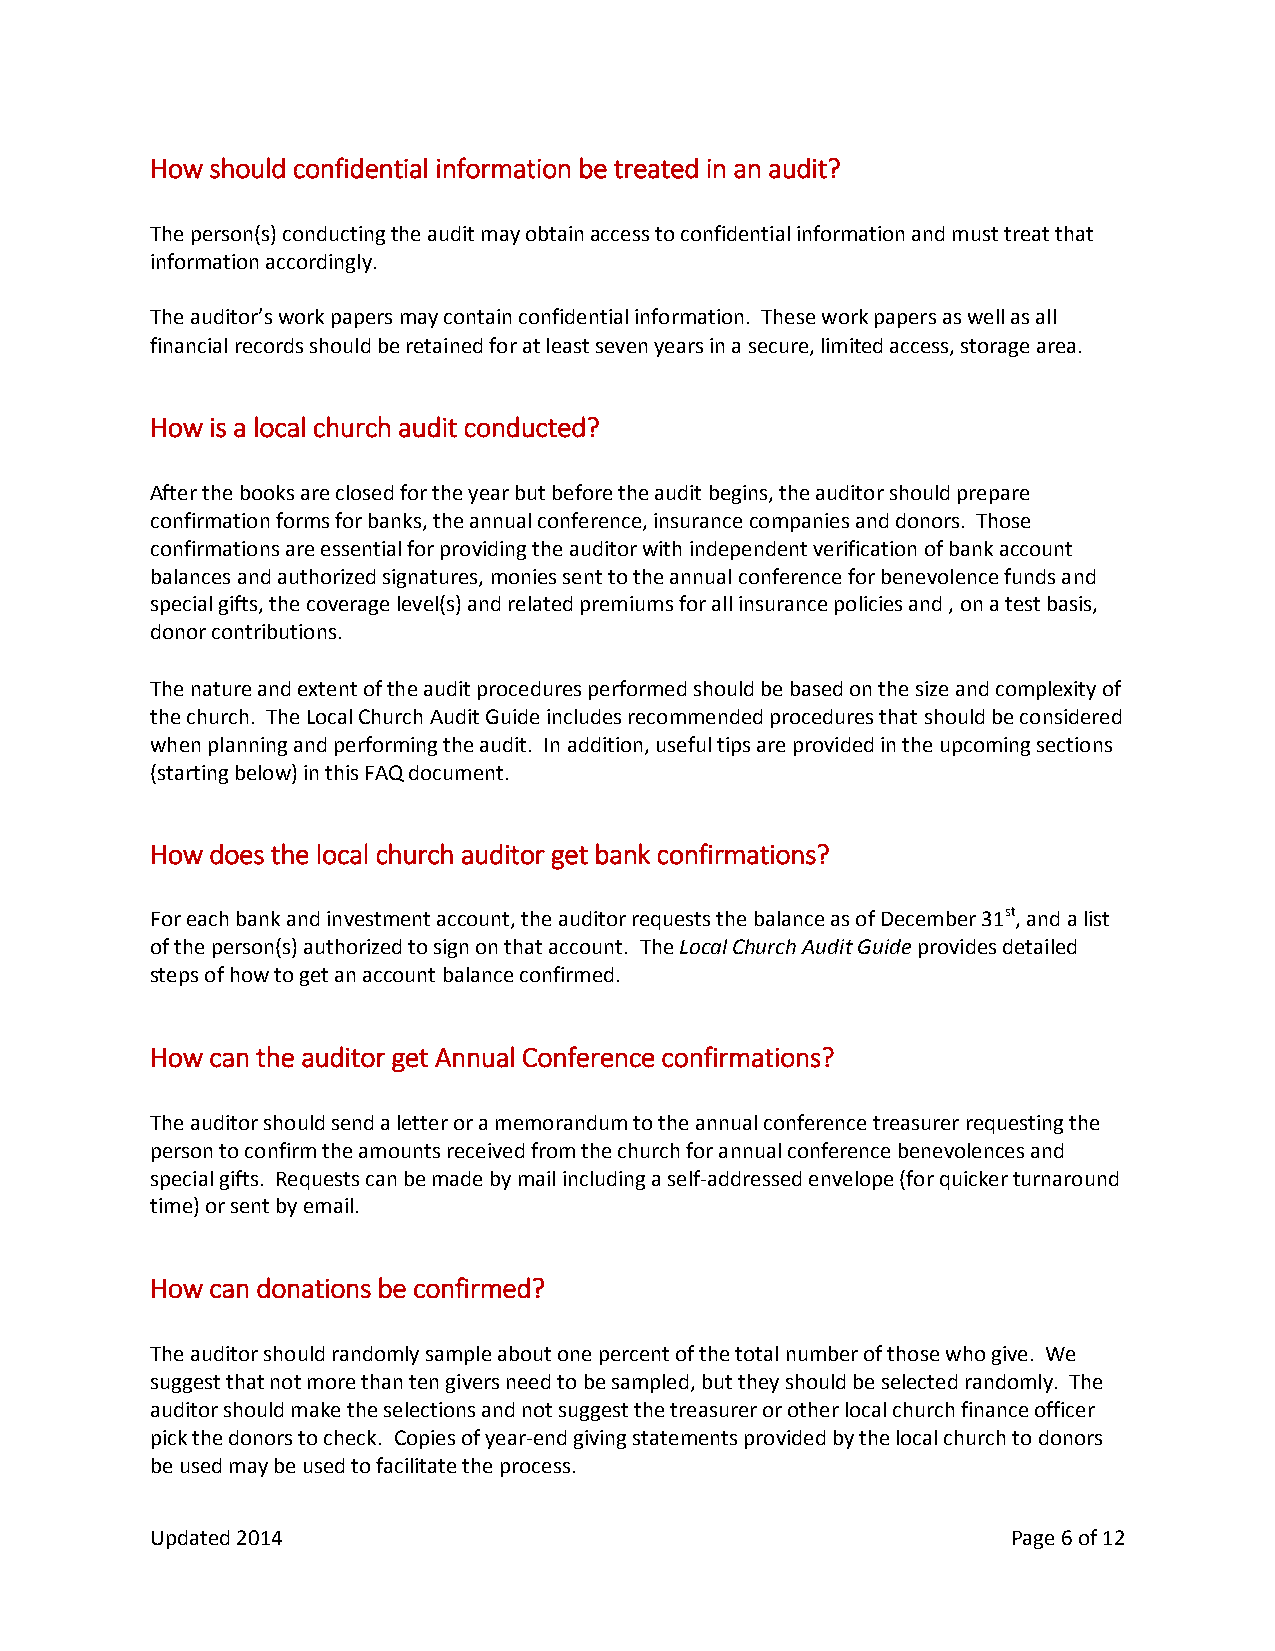
How should confidential information be treated in an audit?
 The person(s) conducting the audit may obtain access to confidential information and must treat that
 information accordingly.
 The auditor’s work papers may contain confidential information. These work papers as well as all
 financial records should be retained for at least seven years in a secure, limited access, storage area.
 How is a local church audit conducted?
 After the books are closed for the year but before the audit begins, the auditor should prepare
 confirmation forms for banks, the annual conference, insurance companies and donors. Those
 confirmations are essential for providing the auditor with independent verification of bank account
 balances and authorized signatures, monies sent to the annual conference for benevolence funds and
 special gifts, the coverage level(s) and related premiums for all insurance policies and , on a test basis,
 donor contributions.
 The nature and extent of the audit procedures performed should be based on the size and complexity of
 the church. The Local Church Audit Guide includes recommended procedures that should be considered
 when planning and performing the audit. In addition, useful tips are provided in the upcoming sections
 (starting below) in this FAQ document.
 How does the local church auditor get bank confirmations?
 For each bank and investment account, the auditor requests the balance as of December 31st, and a list
 of the person(s) authorized to sign on that account. The Local Church Audit Guide provides detailed
 steps of how to get an account balance confirmed.
 How can the auditor get Annual Conference confirmations?
 The auditor should send a letter or a memorandum to the annual conference treasurer requesting the
 person to confirm the amounts received from the church for annual conference benevolences and
 special gifts. Requests can be made by mail including a self-addressed envelope (for quicker turnaround
 time) or sent by email.
 How can donations be confirmed?
 The auditor should randomly sample about one percent of the total number of those who give. We
 suggest that not more than ten givers need to be sampled, but they should be selected randomly. The
 auditor should make the selections and not suggest the treasurer or other local church finance officer
 pick the donors to check. Copies of year-end giving statements provided by the local church to donors
 be used may be used to facilitate the process.
 Updated 2014                                             Page 6 of 12